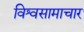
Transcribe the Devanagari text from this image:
विश्वसामाचार